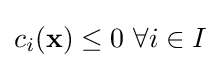
c_{i}(\mathbf {x} )\leq 0~\forall i\in I